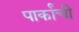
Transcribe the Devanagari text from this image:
पार्कांची